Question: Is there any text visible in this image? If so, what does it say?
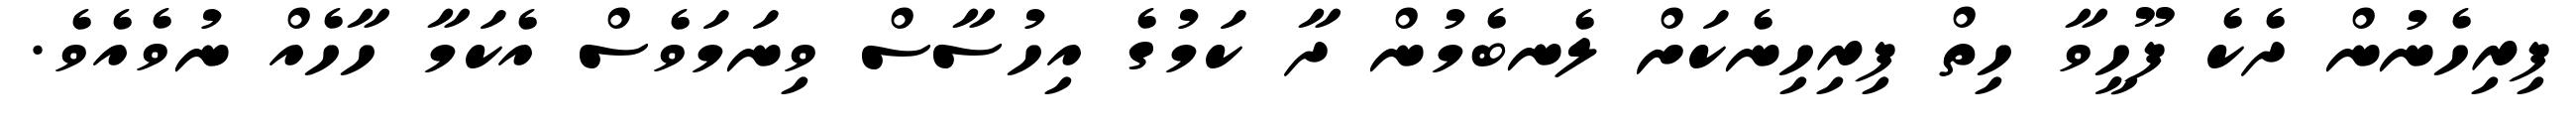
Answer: ފިރިހެނުން ދެކެ ފޫހީވާ ހިތް ފިރިހިނެކަށް ލެނބެމުން ދާ ކަމުގެ އިހުސާސް ވިނަމަވެސް އެކަމާ ހާހެއް ނުވެއެވެ.